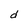
Character: d